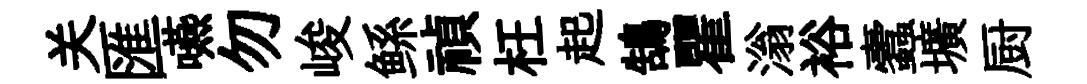
关匯嚥勿峻鲧禎枉起鵠瞿滃裕蠧壙厨